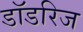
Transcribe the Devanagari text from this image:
डॉडरिज